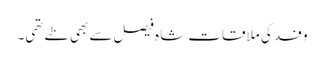
وفد کی ملاقات شاہ فیصل سے بھی طے تھی۔